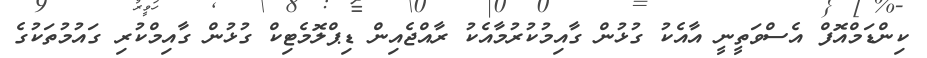
ކިންޑަމްއޮފް އެސްވަތީނީ އާއެކު ގުޅުން ގާއިމުކުރުމާއެކު ރާއްޖެއިން ޑިޕްލޮމެޓިކް ގުުޅުން ގާއިމްކުރި ގައުމުތަކުގެ